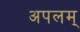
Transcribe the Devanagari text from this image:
अपलम्